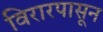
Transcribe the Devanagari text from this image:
विरारपासून